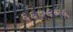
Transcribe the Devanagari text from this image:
६६७६७६